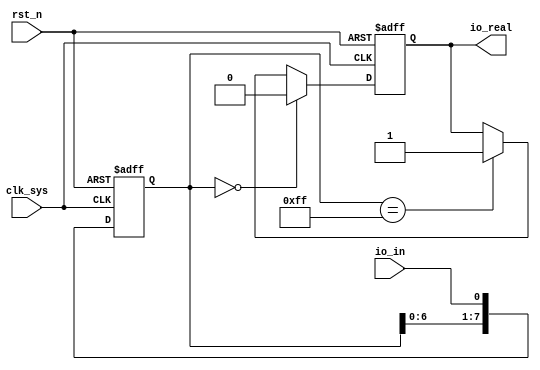
//io_filter.v

module io_filter(
io_in,
io_real,
//clk rst
clk_sys,
rst_n
);
input io_in;
output io_real;
//clk rst
input clk_sys;
input rst_n;
//---------------------------------------------
//---------------------------------------------

reg [7:0]	io_reg;
always @(posedge clk_sys or negedge rst_n)	begin
	if(~rst_n)
		io_reg <= 8'h0;
	else 
		io_reg <= {io_reg[6:0],io_in};
end


`ifdef SIM
wire io_real = io_in;
`else
reg io_real;
always @(posedge clk_sys or negedge rst_n)	begin
	if(~rst_n)
		io_real <= 1'b0;
	else if(io_reg == 8'h0)
		io_real <= 1'b0;
	else if(io_reg == 8'hff)
		io_real <= 1'b1;
	else ;
end
`endif


endmodule